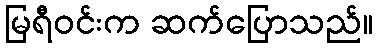
မြရီဝင်းက ဆက်ပြောသည်။